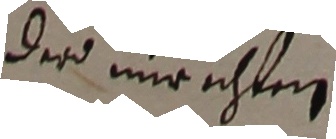
der mrichten